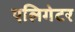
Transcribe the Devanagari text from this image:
एलिगेटर